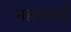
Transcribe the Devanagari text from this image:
महानमई